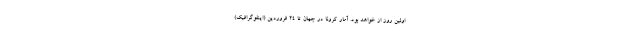
اولین روز از خواهد بود. آمار کرونا در جهان تا ۲۴ فروردین (اینفوگرافیک)